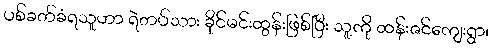
ပစ်ခတ်ခံရသူဟာ ရဲတပ်သား ခိုင်မင်းထွန်းဖြစ်ပြီး သူ့ကို ထန်းဇင်ကျေးရွာ၊